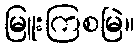
မြူးကြစမြဲ။